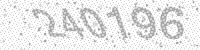
Solution: 240196